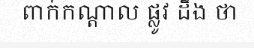
ពាក់កណ្តាល ផ្លូវ ដឹង ថា